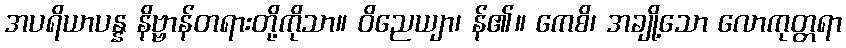
အပရိယာပန္န နိဗ္ဗာန်တရားတို့ကိုသာ။ ဝိညေယျာ၊ န်၏။ ကေစိ၊ အချို့သော လောကုတ္တရာ